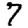
Digit: 7